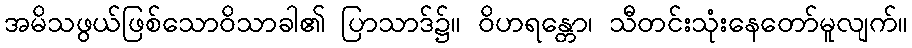
အမိသဖွယ်ဖြစ်သောဝိသာခါ၏ ပြာသာဒ်၌။ ဝိဟရန္တော၊ သီတင်းသုံးနေတော်မူလျက်။